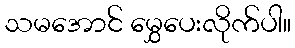
သမအောင် မွှေပေးလိုက်ပါ။